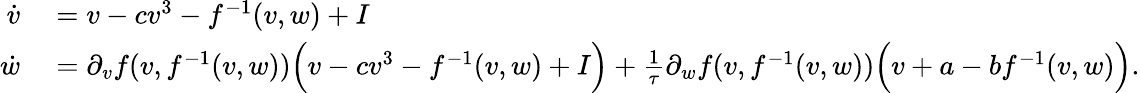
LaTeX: \begin{array}{rl}{\dot{v}}&{{}=v-cv^{3}-f^{-1}(v,w)+I}\\ {\dot{w}}&{{}=\partial_{v}f(v,f^{-1}(v,w))\Big(v-cv^{3}-f^{-1}(v,w)+I\Big)+\frac{1}{\tau}\partial_{w}f(v,f^{-1}(v,w))\Big(v+a-bf^{-1}(v,w)\Big).}\end{array}